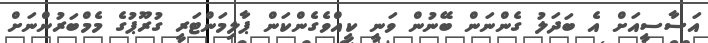
އަސާސީއަށް އެ ބަދަލު ގެންނަން ބޭނުން ވަނީ ކީއްވެގެންކަން ޕާލިމަންޓަރީ ގުރޫޕުގެ މެމްބަރުންނަށް